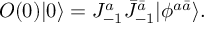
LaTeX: O ( 0 ) | 0 \rangle = J _ { - 1 } ^ { a } \bar { J } _ { - 1 } ^ { \bar { a } } | \phi ^ { a \bar { a } } \rangle .